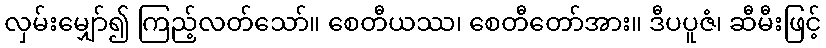
လှမ်းမျှော်၍ ကြည့်လတ်သော်။ စေတီယဿ၊ စေတီတော်အား။ ဒီပပူဇံ၊ ဆီမီးဖြင့်